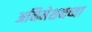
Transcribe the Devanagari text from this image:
अनिमेशनच्या